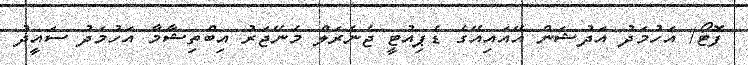
ފޮޓޯ/ އަހުމަދު އަދުޝަން އޭއައިއޭގެ ޑެޕިއުޓީ ޖެނެރަލް މެނޭޖަރު އިބްތިޝާމާ އަހުމަދު ސައީދު